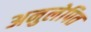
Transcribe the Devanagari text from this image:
अनुलेपित